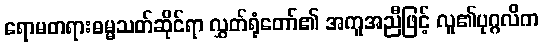
ရောမတရားဓမ္မသတ်ဆိုင်ရာ လွှတ်ရုံတော်၏ အကူအညီဖြင့် လူ၏ပုဂ္ဂလိက